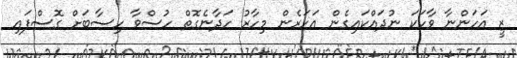
ޒީ އަހަންނާ ވާހަކަ ނުދައްކައިގެން އަހަރެން މިހާރު ހަދާނެގޮތް ހުސްވާ ހިސާބަށް ގޮސްފައި